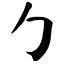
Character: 勹